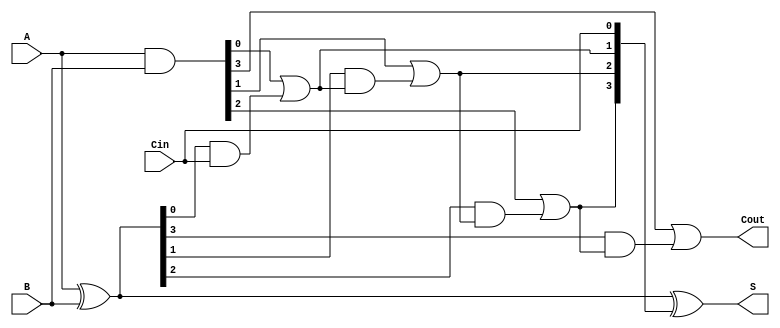
module RCLA #(parameter n = 4) (
    input  [n-1:0] A,    // First binary number
    input  [n-1:0] B,    // Second binary number
    input         Cin,    // Carry-in signal
    output [n-1:0] S,     // Sum output
    output        Cout     // Carry-out signal
);

    wire [n-1:0] P;       // Propagate signals
    wire [n-1:0] G;       // Generate signals
    wire [n:0] C;         // Carry signals

    // Generate and Propagate signals
    assign P = A ^ B;     // P[i] = A[i] XOR B[i]
    assign G = A & B;     // G[i] = A[i] AND B[i]

    // Carry signals calculation
    assign C[0] = Cin;    // C[0] = Cin
    genvar i;
    generate
        for (i = 0; i < n; i = i + 1) begin : carry_logic
            if (i == 0) begin
                assign C[i + 1] = G[i] | (P[i] & C[i]);
            end else begin
                assign C[i + 1] = G[i] | (P[i] & C[i]);
            end
        end
    endgenerate

    // Sum calculation
    assign S = P ^ C[n-1:0]; // S[i] = P[i] XOR C[i]

    // Final carry-out
    assign Cout = C[n];      // Cout = C[n]

endmodule